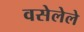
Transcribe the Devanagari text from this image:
वसेलेले